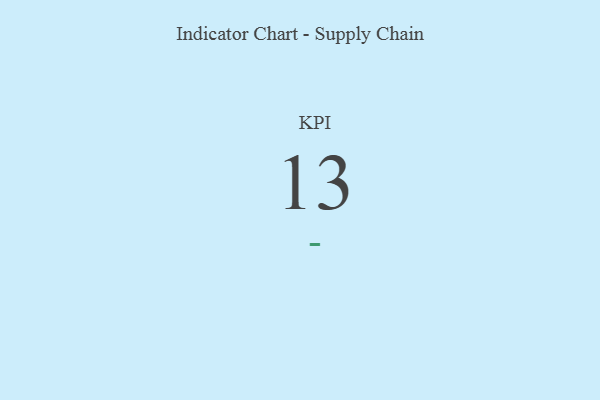
{"axis": {"x": "KPI", "y": "Value"}, "legend": [""], "data": [{"x": "KPI", "y": 13, "type": ""}]}